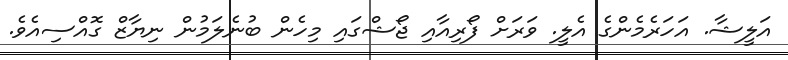
އަލީޝާ. އަހަރެމެންގެ އެލީ. ވަރަށް ފޯރިއާއި ޖޯޝްގައި މިހެން ބުނެލަމުން ނިޔާޒް ގޮއްސިއެވެ.